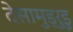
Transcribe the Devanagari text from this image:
देसामुड्रुडु